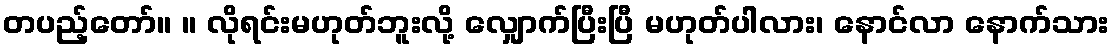
တပည့်တော်။ ။ လိုရင်းမဟုတ်ဘူးလို့ လျှောက်ပြီးပြီ မဟုတ်ပါလား၊ နောင်လာ နောက်သား